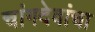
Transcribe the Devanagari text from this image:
चांगदेवांचा